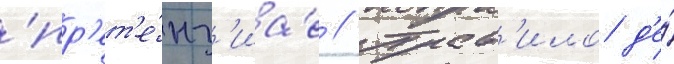
'пр'ет'е́нз'иа' // Прав'ило д'е́